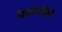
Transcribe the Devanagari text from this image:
बिशोपरिकों